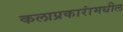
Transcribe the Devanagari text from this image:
कलाप्रकारांमधील